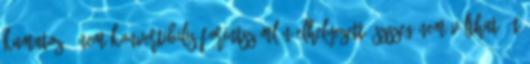
kamatozó, nem konvertibilis forintszámlán elhelyezett öszszeg nem váltható át